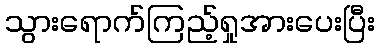
သွားရောက်ကြည့်ရှုအားပေးပြီး